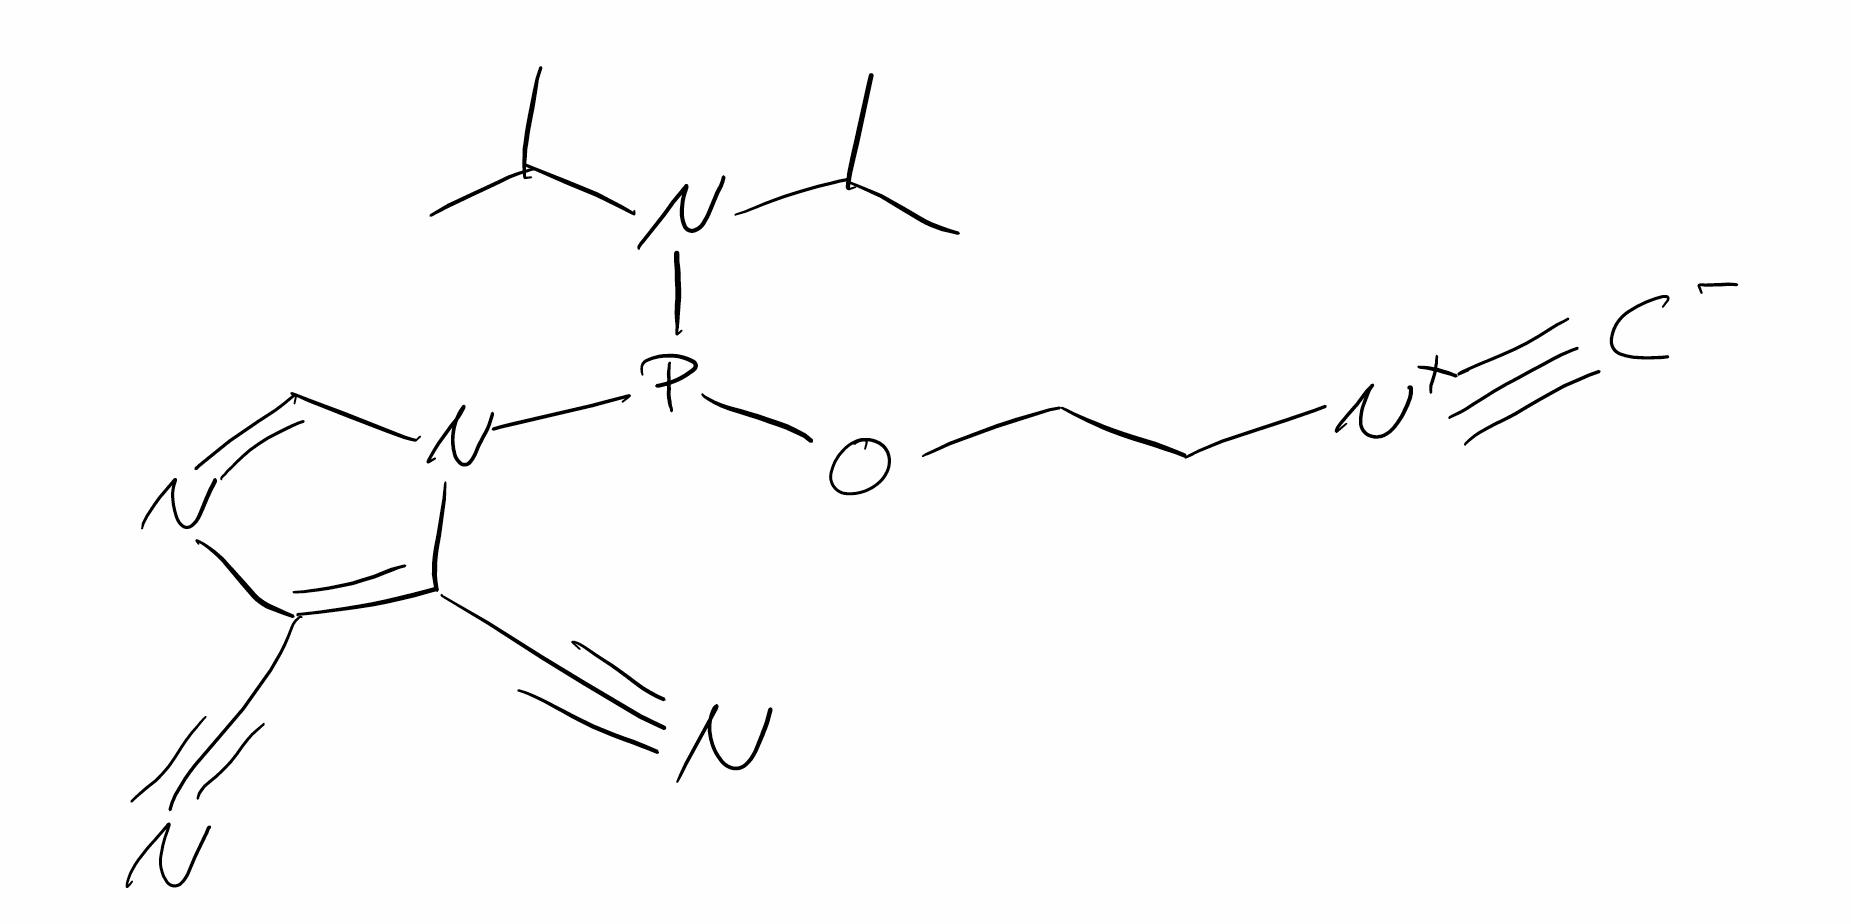
Simplified molecular-input line-entry system (SMILES) notation of the given molecule:
CC(C)N(C(C)C)P(N1C=NC(=C1C#N)C#N)OCC[N+]#[C-]